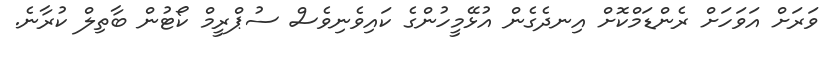
ވަރަށް އަވަހަށް ރެންޑަމްކޮށް އިނދެގެން އުޅޭމީހުންގެ ކައިވެނިވެސް ސުޕްރީމް ކޯޓުން ބާތިލް ކުރާނެ.